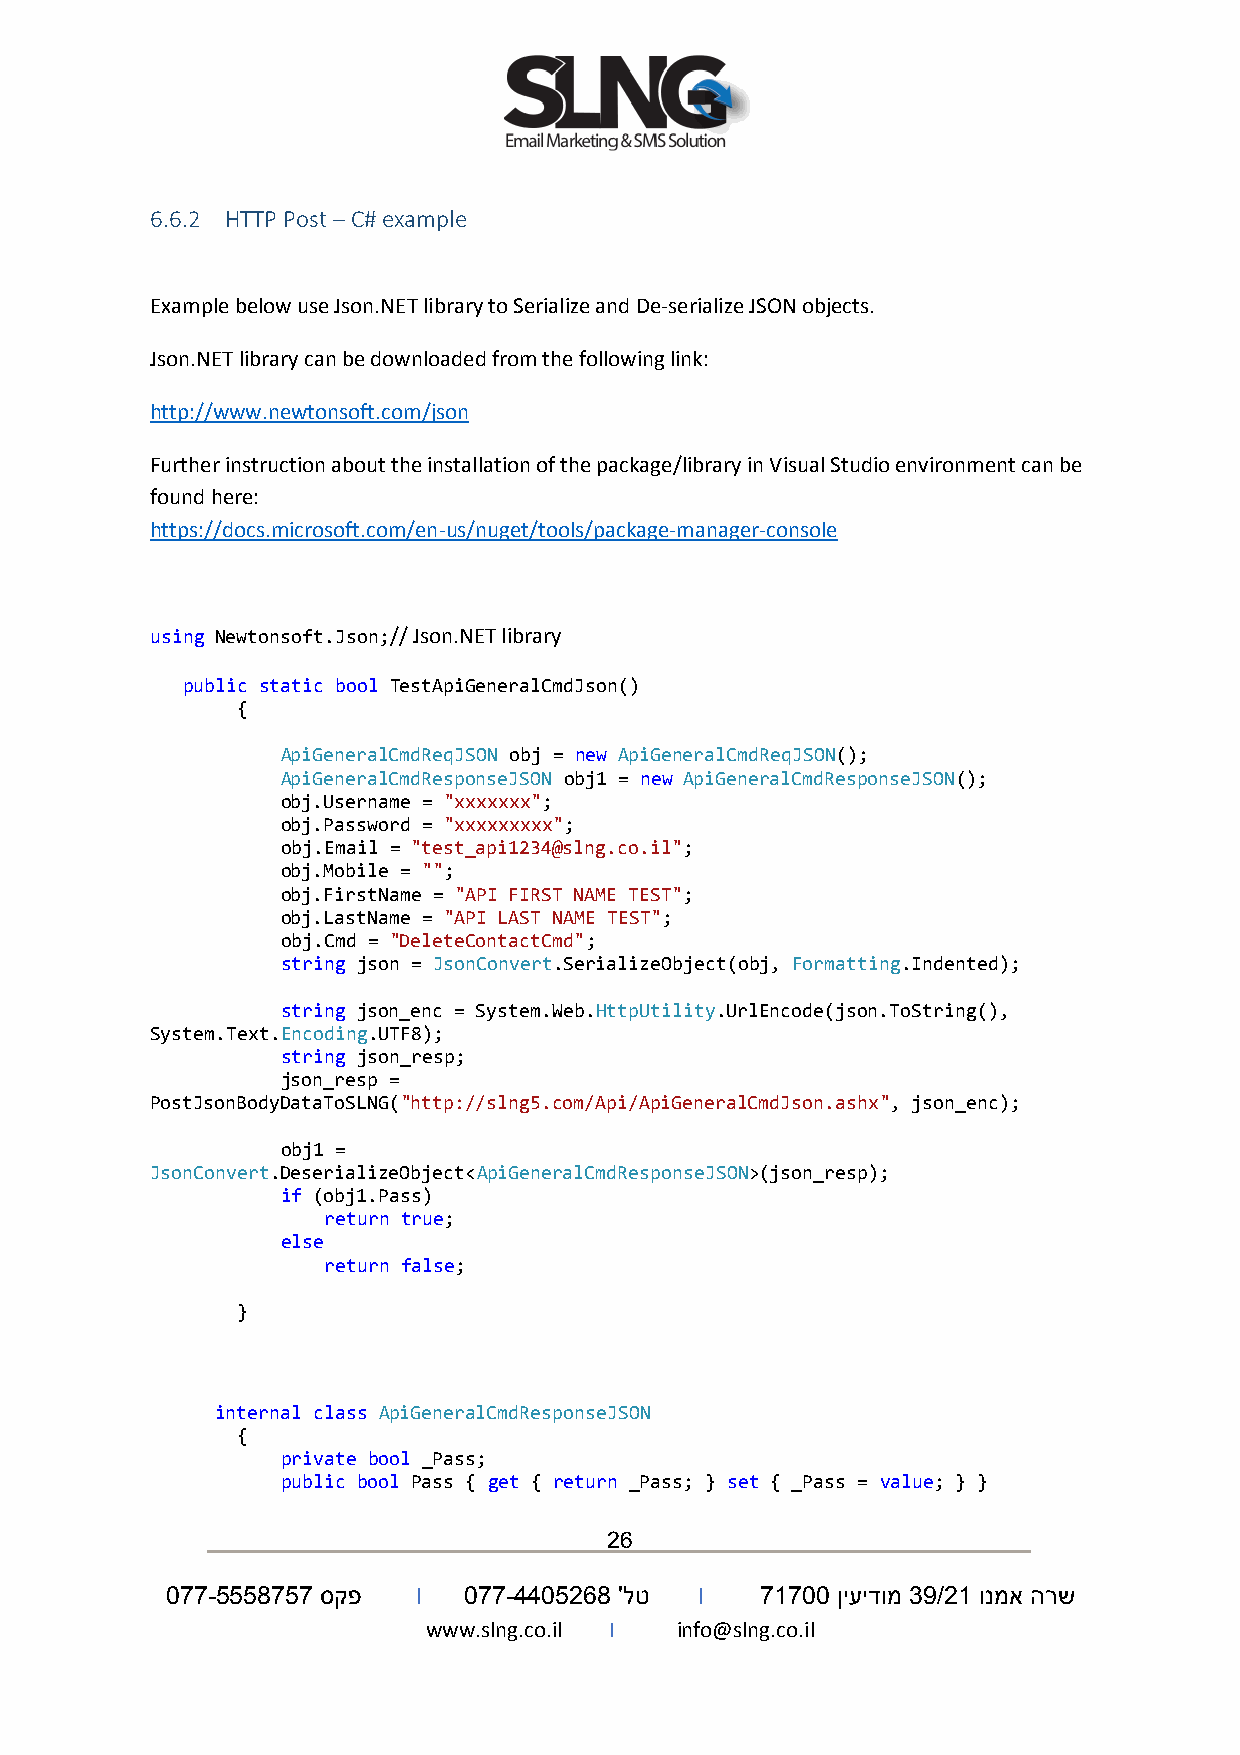
6.6.2 HTTP Post – C# example
 Example below use Json.NET library to Serialize and De-serialize JSON objects.
 Json.NET library can be downloaded from the following link:
 http://www.newtonsoft.com/json
 Further instruction about the installation of the package/library in Visual Studio environment can be
 found here:
 https://docs.microsoft.com/en-us/nuget/tools/package-manager-console
 using Newtonsoft.Json;// Json.NET library
 public static bool TestApiGeneralCmdJson()
 {
 ApiGeneralCmdReqJSON obj = new ApiGeneralCmdReqJSON();
 ApiGeneralCmdResponseJSON obj1 = new ApiGeneralCmdResponseJSON();
 obj.Username = "xxxxxxx";
 obj.Password = "xxxxxxxxx";
 obj.Email = "test_api1234@slng.co.il";
 obj.Mobile = "";
 obj.FirstName = "API FIRST NAME TEST";
 obj.LastName = "API LAST NAME TEST";
 obj.Cmd = "DeleteContactCmd";
 string json = JsonConvert.SerializeObject(obj, Formatting.Indented);
 string json_enc = System.Web.HttpUtility.UrlEncode(json.ToString(),
 System.Text.Encoding.UTF8);
 string json_resp;
 json_resp =
 PostJsonBodyDataToSLNG("http://slng5.com/Api/ApiGeneralCmdJson.ashx", json_enc);
 obj1 =
 JsonConvert.DeserializeObject<ApiGeneralCmdResponseJSON>(json_resp);
 if (obj1.Pass)
 return true;
 else
 return false;
 }
 internal class ApiGeneralCmdResponseJSON
 {
 private bool _Pass;
 public bool Pass { get { return _Pass; } set { _Pass = value; } }
 26
 077-5558757 סקפ  I  077-4405268 'לט I  71700 ןיעידומ 39/21 ונמא הרש
 www.slng.co.il I info@slng.co.il